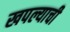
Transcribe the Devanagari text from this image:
खपल्याची